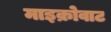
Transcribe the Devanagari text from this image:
माइक्रोवाट